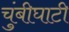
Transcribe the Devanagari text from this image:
चुंबीघाटी